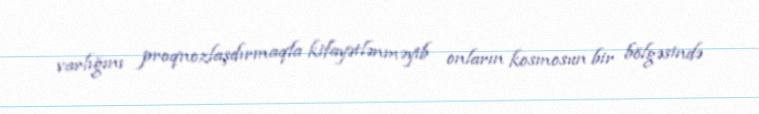
varlığını proqnozlaşdırmaqla kifayətlənməyib onların kosmosun bir bölgəsində